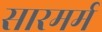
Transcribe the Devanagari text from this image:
सारमर्म